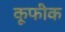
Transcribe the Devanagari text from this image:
कूफीक